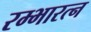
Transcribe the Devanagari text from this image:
रम्भारत्न